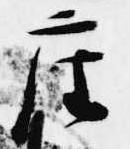
座